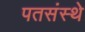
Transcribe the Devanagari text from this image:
पतसंस्थे